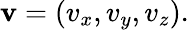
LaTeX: \mathbf{v}=\left(v_{x},v_{y},v_{z}\right).